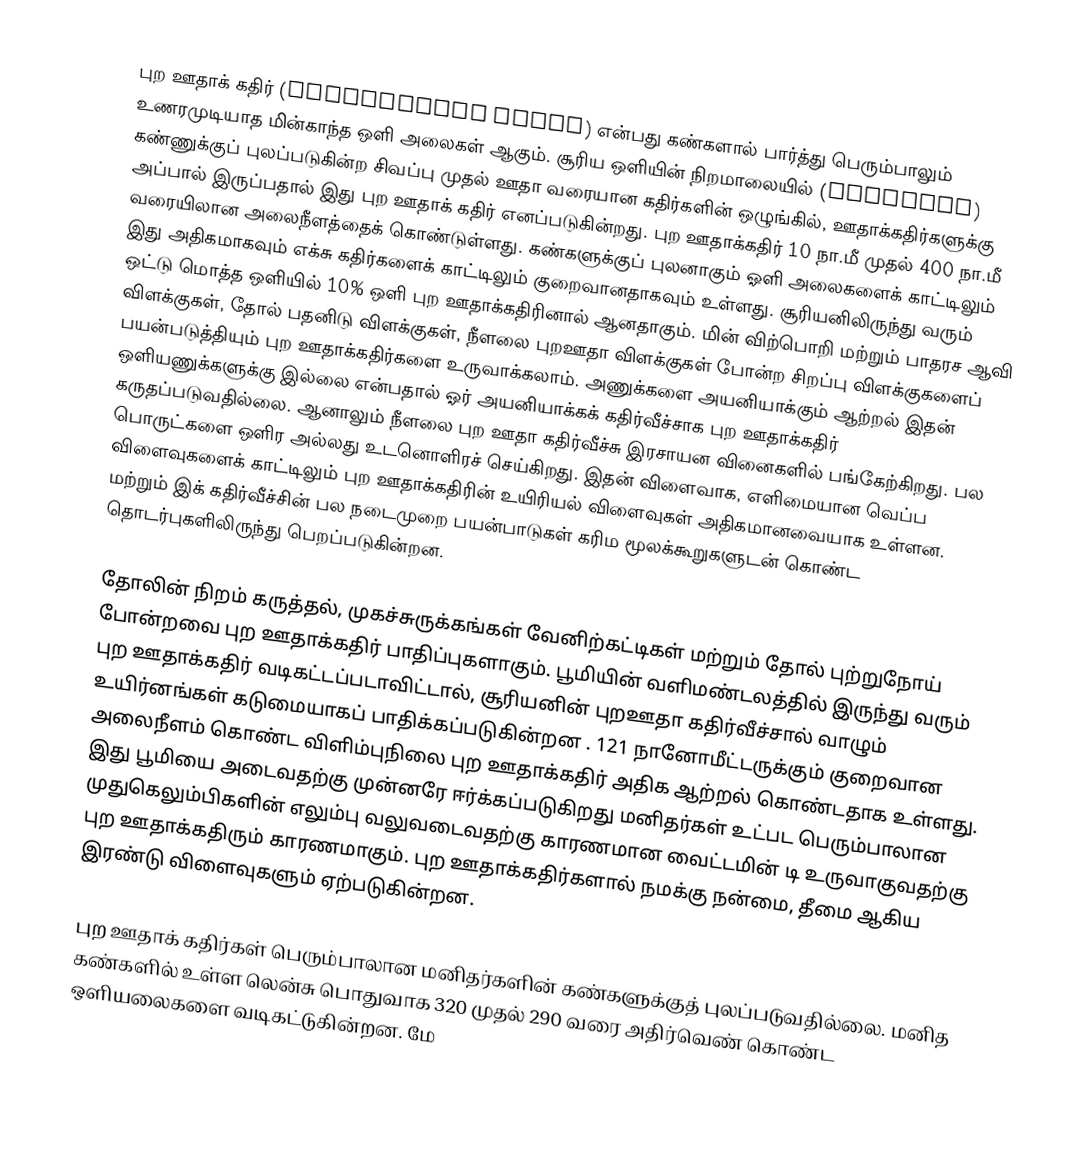
புற ஊதாக் கதிர் (ultraviolet light) என்பது கண்களால் பார்த்து பெரும்பாலும் உணரமுடியாத மின்காந்த ஒளி அலைகள் ஆகும். சூரிய ஒளியின் நிறமாலையில் (Spectrum) கண்ணுக்குப் புலப்படுகின்ற சிவப்பு முதல் ஊதா வரையான கதிர்களின் ஒழுங்கில், ஊதாக்கதிர்களுக்கு அப்பால் இருப்பதால் இது புற ஊதாக் கதிர் எனப்படுகின்றது. புற ஊதாக்கதிர் 10 நா.மீ முதல் 400 நா.மீ வரையிலான அலைநீளத்தைக் கொண்டுள்ளது. கண்களுக்குப் புலனாகும் ஓளி அலைகளைக் காட்டிலும் இது அதிகமாகவும் எக்சு கதிர்களைக் காட்டிலும் குறைவானதாகவும் உள்ளது. சூரியனிலிருந்து வரும் ஒட்டு மொத்த ஒளியில் 10% ஒளி புற ஊதாக்கதிரினால் ஆனதாகும். மின் விற்பொறி மற்றும் பாதரச ஆவி விளக்குகள், தோல் பதனிடு விளக்குகள், நீளலை புறஊதா விளக்குகள் போன்ற சிறப்பு விளக்குகளைப் பயன்படுத்தியும் புற ஊதாக்கதிர்களை உருவாக்கலாம். அணுக்களை அயனியாக்கும் ஆற்றல் இதன் ஒளியணுக்களுக்கு இல்லை என்பதால் ஓர் அயனியாக்கக் கதிர்வீச்சாக புற ஊதாக்கதிர் கருதப்படுவதில்லை. ஆனாலும் நீளலை புற ஊதா கதிர்வீச்சு இரசாயன வினைகளில் பங்கேற்கிறது.  பல பொருட்களை ஒளிர அல்லது உடனொளிரச் செய்கிறது. இதன் விளைவாக, எளிமையான வெப்ப விளைவுகளைக் காட்டிலும் புற ஊதாக்கதிரின் உயிரியல் விளைவுகள் அதிகமானவையாக உள்ளன. மற்றும் இக் கதிர்வீச்சின் பல நடைமுறை பயன்பாடுகள் கரிம மூலக்கூறுகளுடன் கொண்ட  தொடர்புகளிலிருந்து பெறப்படுகின்றன.

தோலின் நிறம் கருத்தல், முகச்சுருக்கங்கள் வேனிற்கட்டிகள் மற்றும் தோல் புற்றுநோய் போன்றவை புற ஊதாக்கதிர் பாதிப்புகளாகும். பூமியின் வளிமண்டலத்தில் இருந்து  வரும் புற ஊதாக்கதிர் வடிகட்டப்படாவிட்டால், சூரியனின் புறஊதா கதிர்வீச்சால் வாழும் உயிர்னங்கள் கடுமையாகப் பாதிக்கப்படுகின்றன . 121 நானோமீட்டருக்கும் குறைவான அலைநீளம் கொண்ட விளிம்புநிலை புற ஊதாக்கதிர் அதிக ஆற்றல் கொண்டதாக உள்ளது. இது பூமியை அடைவதற்கு முன்னரே ஈர்க்கப்படுகிறது  மனிதர்கள் உட்பட பெரும்பாலான முதுகெலும்பிகளின் எலும்பு வலுவடைவதற்கு காரணமான வைட்டமின் டி  உருவாகுவதற்கு புற ஊதாக்கதிரும் காரணமாகும். புற ஊதாக்கதிர்களால் நமக்கு நன்மை, தீமை ஆகிய இரண்டு விளைவுகளும் ஏற்படுகின்றன.

புற ஊதாக் கதிர்கள் பெரும்பாலான மனிதர்களின்  கண்களுக்குத் புலப்படுவதில்லை. மனித கண்களில்  உள்ள லென்சு பொதுவாக 320 முதல் 290 வரை அதிர்வெண் கொண்ட ஒளியலைகளை வடிகட்டுகின்றன. மே